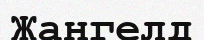
Жангелд